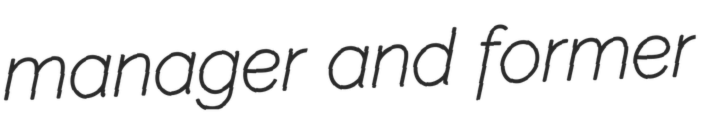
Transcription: manager and former